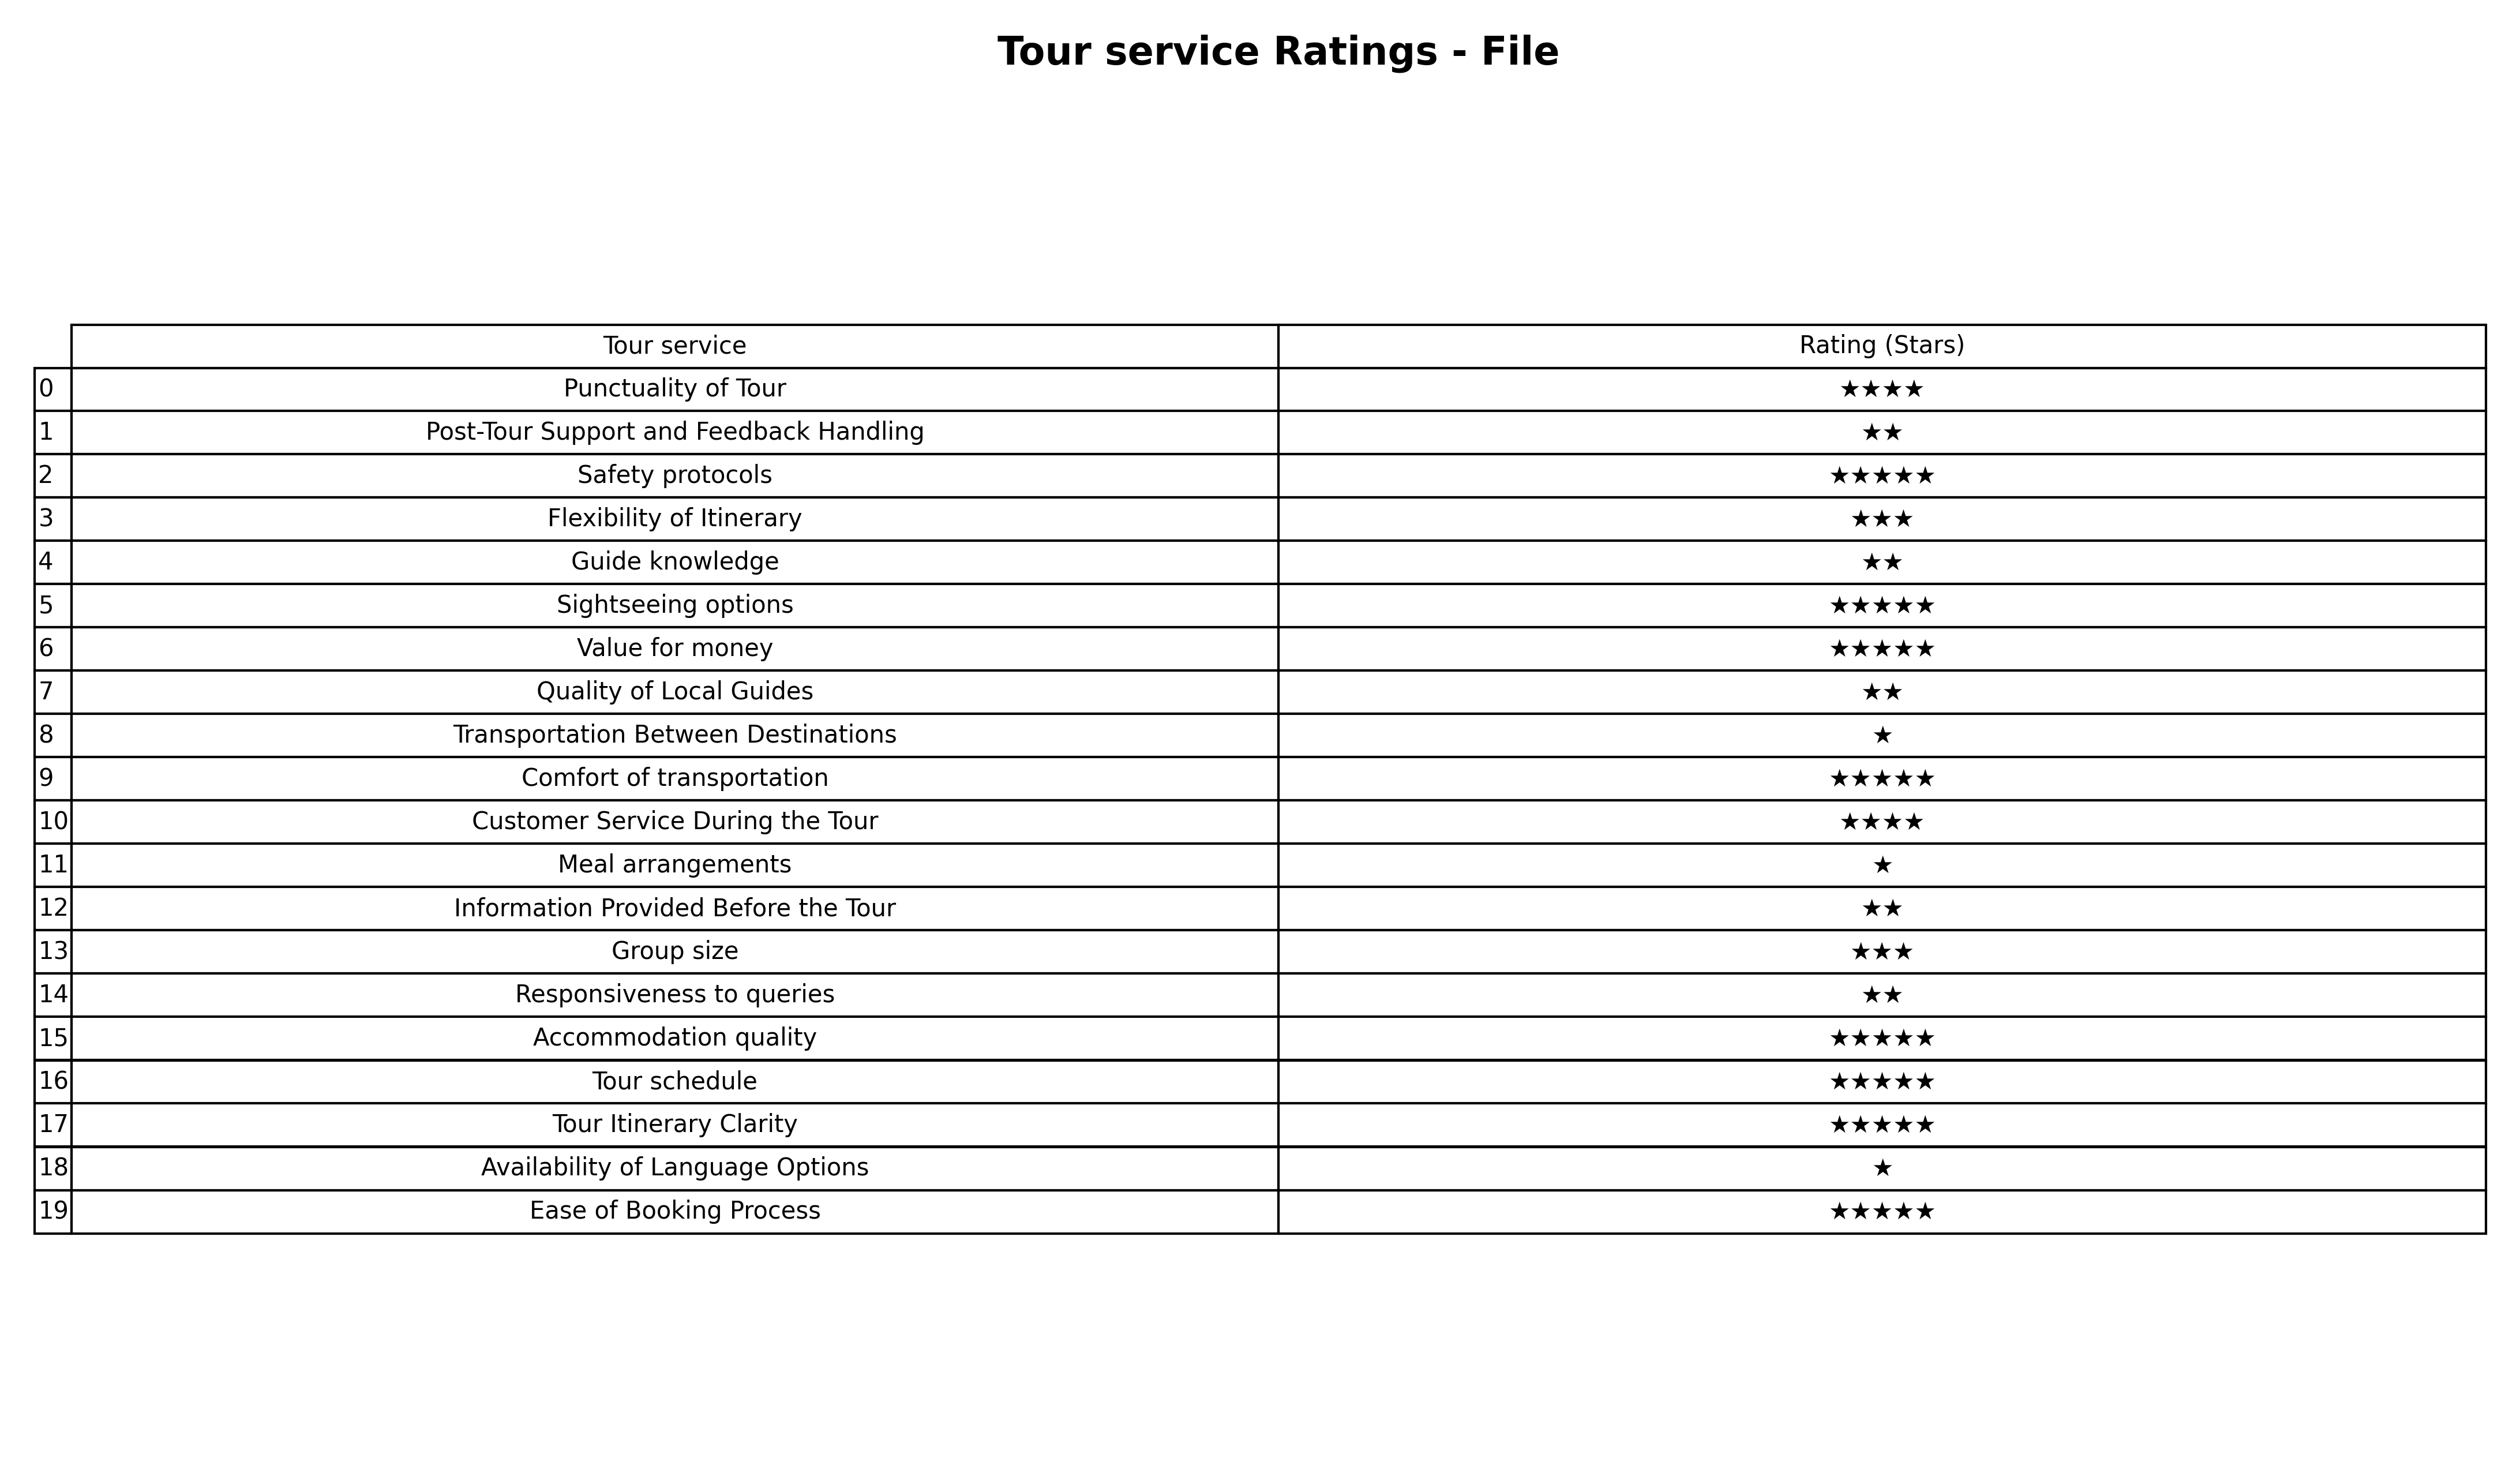
question: What are three star services?
answer: Flexibility of ItineraryGroup size